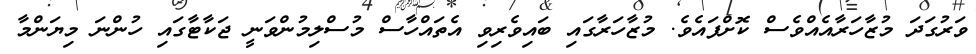
ވަރުގަދަ މުޒާހަރާއެއްވެސް ކޮށްފައެވެ. މުޒާހަރާގައި ބައިވެރިވި އެތައްހާސް މުސްލިމުންވަނީ ޖަކާޓާގައި ހުންނަ މިޔަންމާ